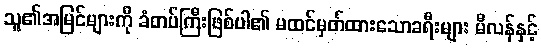
သူ၏အမြင်များကို ခံတပ်ကြီးဖြစ်ပါ၏ မထင်မှတ်ထားသောခရီးများ မီလန်နှင့်